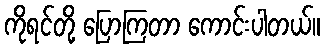
ကိုရင်တို့ ပြောကြတာ ကောင်းပါတယ်။